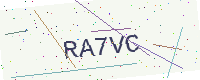
Text: RA7VC